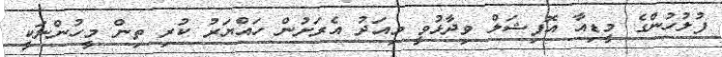
ފުލުހުންގެ މީޑިއާ އޮފިޝަލް ވިދާޅުވީ މިއަދު އެރަށުން ހައްޔަރު ކުރި ތިން މީހުންނަކީ